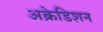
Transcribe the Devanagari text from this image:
अक्रेडिशन